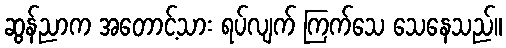
ဆွန်ညာက အတောင့်သား ရပ်လျက် ကြက်သေ သေနေသည်။